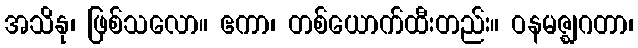
အသိနု၊ ဖြစ်သလော။ ဧကာ၊ တစ်ယောက်ထီးတည်း။ ဝနမဇ္ဈဂတာ၊